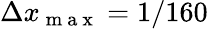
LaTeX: \Delta x_{\mathrm{~m~a~x~}}=1/160